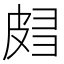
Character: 𰤧